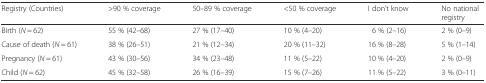
<table><thead><tr><td><b>Registry (Countries)</b></td><td><b>&gt;90 % coverage</b></td><td><b>50–89 % coverage</b></td><td><b>&lt;50 % coverage</b></td><td><b>I don’t know</b></td><td><b>No national registry</b></td></tr></thead><tbody><tr><td>Birth (<i>N</i> = 62)</td><td>55 % (42–68)</td><td>27 % (17–40)</td><td>10 % (4–20)</td><td>6 % (2–16)</td><td>2 % (0–9)</td></tr><tr><td>Cause of death (<i>N</i> = 61)</td><td>38 % (26–51)</td><td>21 % (12–34)</td><td>20 % (11–32)</td><td>16 % (8–28)</td><td>5 % (1–14)</td></tr><tr><td>Pregnancy (<i>N</i> = 61)</td><td>43 % (30–56)</td><td>34 % (23–48)</td><td>11 % (5–22)</td><td>10 % (4–20)</td><td>2 % (0–9)</td></tr><tr><td>Child (<i>N</i> = 62)</td><td>45 % (32–58)</td><td>26 % (16–39)</td><td>15 % (7–26)</td><td>11 % (5–22)</td><td>3 % (0–11)</td></tr></tbody></table>